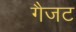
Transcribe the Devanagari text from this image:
गैजट